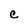
Character: C